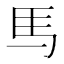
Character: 𫠉